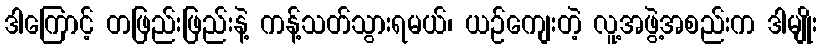
ဒါကြောင့် တဖြည်းဖြည်းနဲ့ ကန့်သတ်သွားရမယ်၊ ယဉ်ကျေးတဲ့ လူ့အဖွဲ့အစည်းက ဒါမျိုး